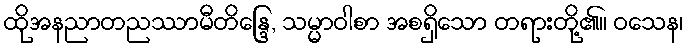
ထိုအနညာတညဿာမီတိန္ဒြေ, သမ္မာဝါစာ အစရှိသော တရားတို့၏။ ဝသေန၊